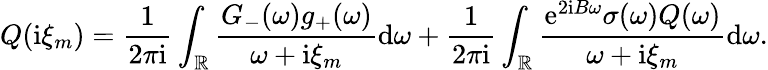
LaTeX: Q(\mathrm{i}\xi_{m})=\frac{1}{2\pi\mathrm{i}}\int_{\mathbb{R}}\frac{G_{-}(\omega)g_{+}(\omega)}{\omega+\mathrm{i}\xi_{m}}\mathrm{d}\omega+\frac{1}{2\pi\mathrm{i}}\int_{\mathbb{R}}\frac{\mathrm{e}^{2\mathrm{i}B\omega}\sigma(\omega)Q(\omega)}{\omega+\mathrm{i}\xi_{m}}\mathrm{d}\omega.